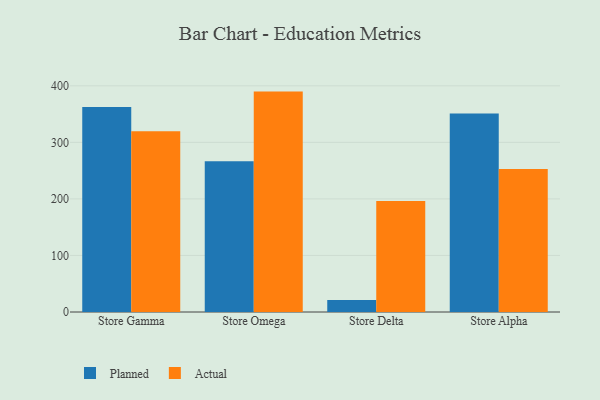
{"axis": {"x": "Store", "y": "Budget (USD K)"}, "legend": ["Actual", "Planned"], "data": [{"x": "Store Gamma", "y": 362.5, "type": "Planned"}, {"x": "Store Gamma", "y": 319.5, "type": "Actual"}, {"x": "Store Omega", "y": 266.7, "type": "Planned"}, {"x": "Store Omega", "y": 389.8, "type": "Actual"}, {"x": "Store Delta", "y": 21.1, "type": "Planned"}, {"x": "Store Delta", "y": 196.3, "type": "Actual"}, {"x": "Store Alpha", "y": 351.2, "type": "Planned"}, {"x": "Store Alpha", "y": 253.1, "type": "Actual"}]}